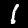
Label: 1